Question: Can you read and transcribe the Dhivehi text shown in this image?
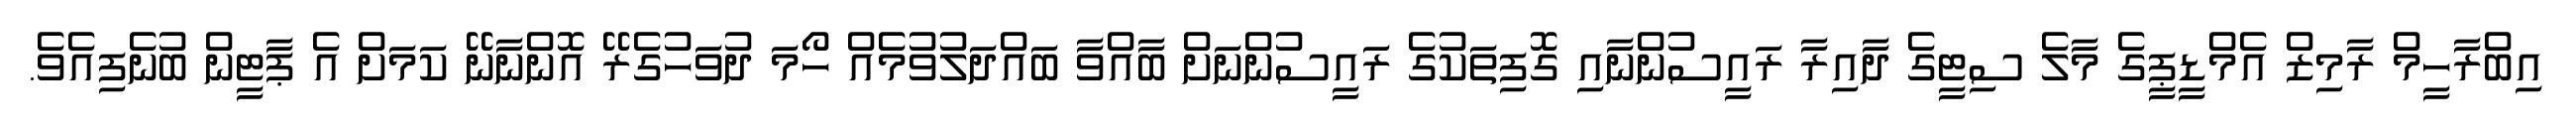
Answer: އިބްރާހީމް ރާމިޒް އެމްޑީޕީގެ މާލެ ސިޓީގެ ދާއިރާ ރައީސުންނާއި ގޮފިތަކުގެ ރައީސުންނަށް ބާއްވާ ބައްދަލުވުމެއް ހޯމަ ދުވަހުގެރޭ އޮންނާނޭ ކަމަށް އެ ޕާޓީން ބުނެފިއެވެ.